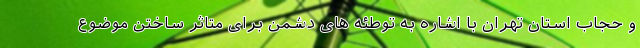
و حجاب استان تهران با اشاره به توطئه های دشمن برای متاثر ساختن موضوع